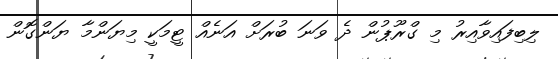
ލިބިފައިވާއިރު މި ގްރޫޕުން ދެ ވަނަ ބުރަށް އަނެއް ޓީމަކީ މިޔަންމާ ޔަންގޮން